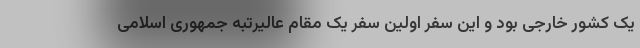
یک کشور خارجی بود و این سفر اولین سفر یک مقام عالیرتبه جمهوری اسلامی